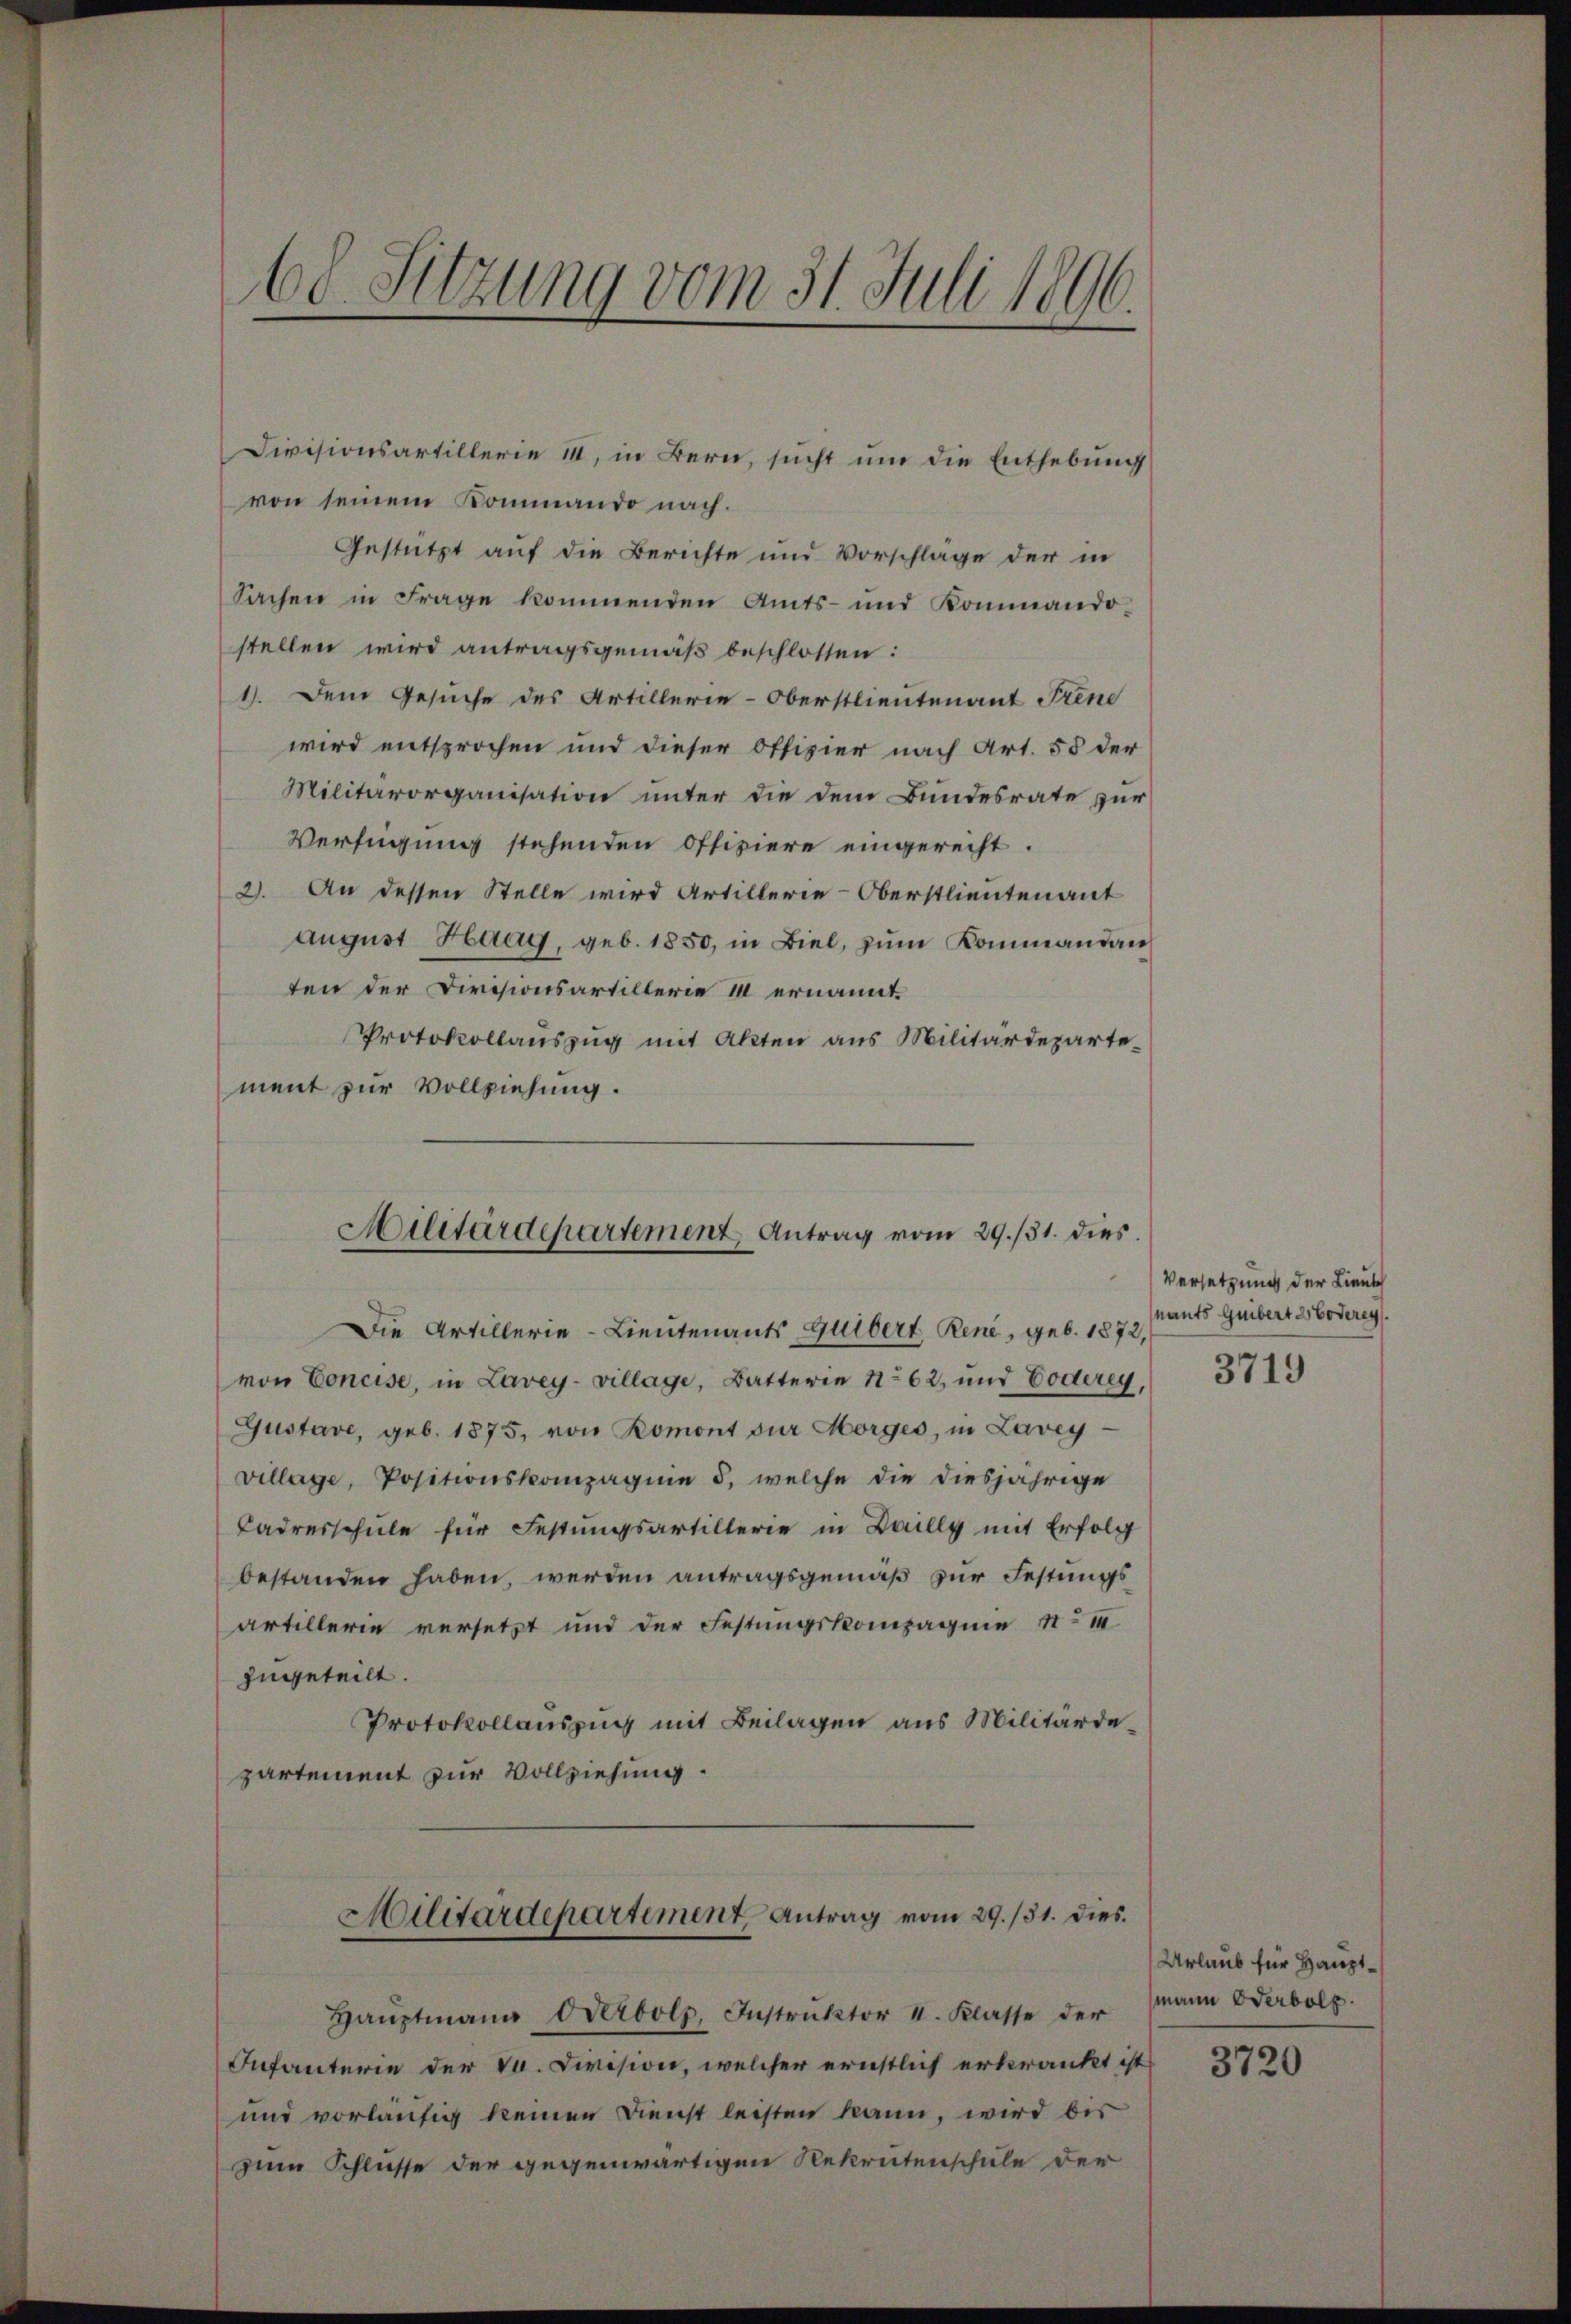
Divisionsartillerie III, in Bern, sucht um die Enthebung
von seinem Kommando nach.
Gestützt auf die Berichte und Vorschlage der in
Sachen in Frage kommenden Amts- und Kommando-
stellen wird antragsgemäß beschlossen:
1). Dem Gesuche des Artillerie-Oberstlieutenant Frene
wird entsprochen und dieser Offizier nach Art. 55 der
Militärorganisation unter die dem Bundesrate zur
Verfügung stehenden Offiziere eingerecht.
2. An dessen Stelle wird Artillerie-Oberstlieutenant
aŭgŭst Haag, geb. 1850, in Biel, zŭm Kommandan
ten der Divisionsartillerie III ernannt.
Protokollauszug mit Akten aus Militärdepartement zur Vollziehung.
Die Artillerie-Lieutenants Gutbert René, geb. 1872,
von Concise, in Lavey-village, Batterie No 62, und Coderey,
Gustave, geb. 1875, von Romont sur Morges, in Laveyvillage, Positionskompagnie 5, welche die diesjährige
Cadresschule für Festungsartillerie in Dailly mit Erfolg
bestanden haben, werden antragsgemäß zur Festungs¬
Artillerin versetzt und der Festungskompagnie N
zugeteilt.
Protokollauszug mit Beilagen aus Militärdepartement zur Vollziehung.
Militärdepartement Antrag vom 29./31. dies
Haŭptmann Oderbolz, Instruktor II. Klasse der
Infanterie der St. Civision, welcher ernstlich erkrankt ist
und vorläufig keinen Dienst leisten kann, wird bis
zum Schlusse der gegenwärtigen Rekrutenschule der

68. Sitzung vom 31. Juli 1896.

Militärdepartement Antrag vom 29./31. dies

Versetzung der Lieute
nants Gubert 3 oderey.

3719

Urlaub für Hauptmann Oderbolp.

3720